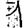
Digit: 1